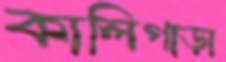
কালিগাড়া